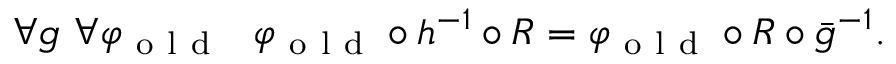
\begin{array} { r } { \forall g \ \forall \varphi _ { \mathrm { ~ o ~ l ~ d ~ } } \ \ \varphi _ { \mathrm { ~ o ~ l ~ d ~ } } \circ h ^ { - 1 } \circ R = \varphi _ { \mathrm { ~ o ~ l ~ d ~ } } \circ R \circ \bar { g } ^ { - 1 } . } \end{array}